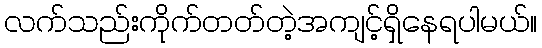
လက်သည်းကိုက်တတ်တဲ့အကျင့်ရှိနေရပါမယ်။